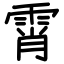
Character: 霄